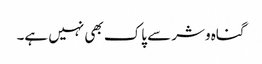
گناہ وشر سے پاک بھی نہیں ہے۔